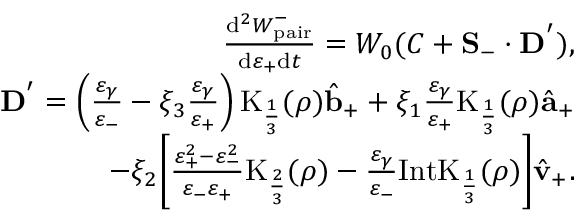
\begin{array} { r l r } & { } & { \frac { \mathrm { d } ^ { 2 } W _ { \mathrm { p a i r } } ^ { - } } { \mathrm { d } \varepsilon _ { + } \mathrm { d } t } = W _ { 0 } ( C + { \bf S } _ { - } \cdot { \bf D } ^ { ' } ) , } \\ & { } & { { \bf D } ^ { ' } = \left( \frac { \varepsilon _ { \gamma } } { \varepsilon _ { - } } - \xi _ { 3 } \frac { \varepsilon _ { \gamma } } { \varepsilon _ { + } } \right) \mathrm { K } _ { \frac { 1 } { 3 } } ( \rho ) \hat { { \bf b } } _ { + } + \xi _ { 1 } \frac { \varepsilon _ { \gamma } } { \varepsilon _ { + } } \mathrm { K } _ { \frac { 1 } { 3 } } ( \rho ) \hat { { \bf a } } _ { + } } \\ & { } & { - \xi _ { 2 } \bigg [ \frac { \varepsilon _ { + } ^ { 2 } - \varepsilon _ { - } ^ { 2 } } { \varepsilon _ { - } \varepsilon _ { + } } \mathrm { K } _ { \frac { 2 } { 3 } } ( \rho ) - \frac { \varepsilon _ { \gamma } } { \varepsilon _ { - } } \mathrm { I n t K } _ { \frac { 1 } { 3 } } ( \rho ) \bigg ] \hat { \bf v } _ { + } . } \end{array}